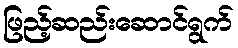
ဖြည့်ဆည်းဆောင်ရွက်